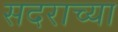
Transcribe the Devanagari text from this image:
सदराच्या